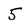
Character: 5